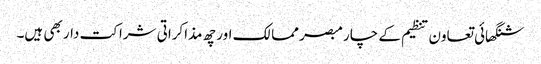
شنگھائی تعاون تنظیم کے چار مبصر ممالک اور چھ مذاکراتی شراکت دار بھی ہیں۔